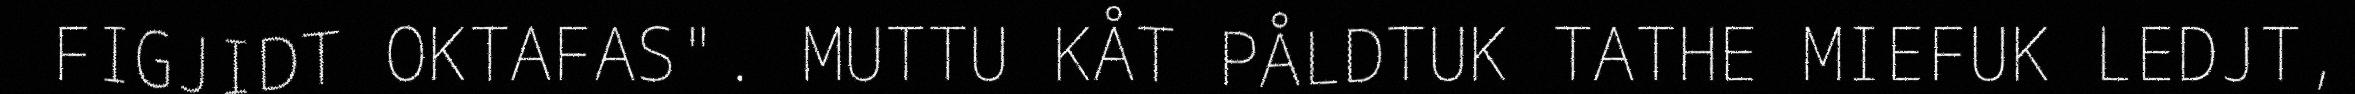
FIGJIDT OKTAFAS". MUTTU KÅT PÅLDTUK TATHE MIEFUK LEDJT,